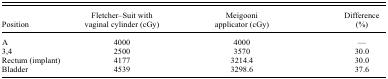
<table><thead><tr><td><b>Position</b></td><td><b>Fletcher–Suit with vaginal cylinder (cGy)</b></td><td><b>Meigooni applicator (cGy)</b></td><td><b>Difference (%)</b></td></tr></thead><tbody><tr><td>A</td><td>4000</td><td>4000</td><td>—</td></tr><tr><td>3,4</td><td>2500</td><td>3570</td><td>30.0</td></tr><tr><td>Rectum (implant)</td><td>4177</td><td>3214.4</td><td>30.0</td></tr><tr><td>Bladder</td><td>4539</td><td>3298.6</td><td>37.6</td></tr></tbody></table>